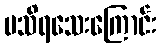
မသိရသေးကြောင်း